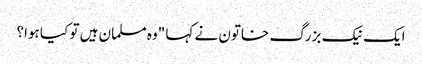
ایک نیک بزرگ خاتون نے کہا "وہ مسلمان ہیں تو کیا ہوا؟